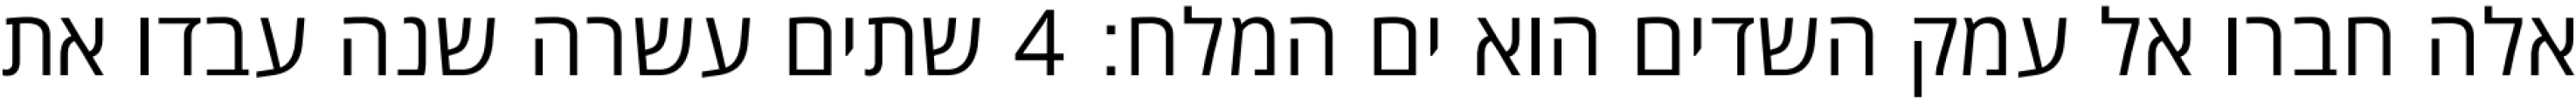
אלה חברו אל עמק השדים הוא ים המלח׃ ‎4‏ שתים עשרה שנה עבדו את